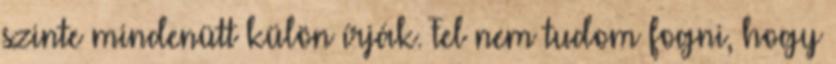
szinte mindenütt külön írják. Fel nem tudom fogni, hogy